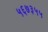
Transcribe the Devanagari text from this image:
५६७३५५